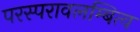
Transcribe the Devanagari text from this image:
परस्परावलम्बित्व